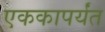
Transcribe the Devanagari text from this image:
एककापर्यंत